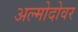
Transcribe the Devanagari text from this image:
अल्मोदोवर